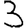
Digit: 3